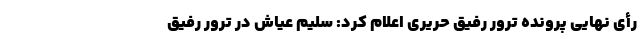
رأی نهایی پرونده ترور رفیق حریری اعلام کرد: سلیم عیاش در ترور رفیق